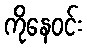
ကိုနေဝင်း